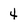
Character: 4